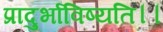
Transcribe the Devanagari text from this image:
प्रादुर्भाविष्यति।।